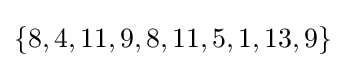
\{8,4,11,9,8,11,5,1,13,9\}